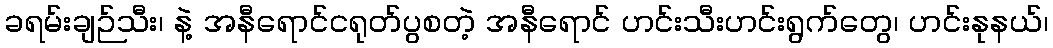
ခရမ်းချဉ်သီး၊ နဲ့ အနီရောင်ငရုတ်ပွစတဲ့ အနီရောင် ဟင်းသီးဟင်းရွက်တွေ၊ ဟင်းနုနယ်၊